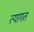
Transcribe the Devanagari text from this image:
त्यागत